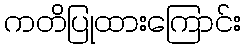
ကတိပြုထားကြောင်း